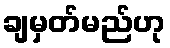
ချမှတ်မည်ဟု